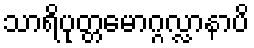
သာရိပုတ္တမောဂ္ဂလ္လာနာပိ